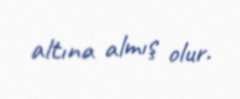
altına almış olur.